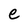
Character: e